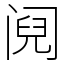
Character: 阋